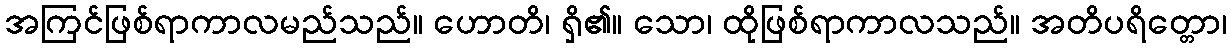
အကြင်ဖြစ်ရာကာလမည်သည်။ ဟောတိ၊ ရှိ၏။ သော၊ ထိုဖြစ်ရာကာလသည်။ အတိပရိတ္တော၊